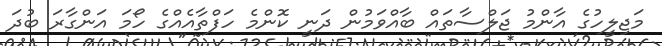
މަޖިލީހުގެ އާންމު ޖަލްސާތައް ބާއްވަމުން ދަނީ ކޮންމެ ހަފްތާއެއްގެ ހޯމަ އަންގާރަ ބުދަ